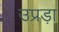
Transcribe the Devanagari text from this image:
उप्रड़ा